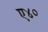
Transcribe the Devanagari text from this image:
ए४०